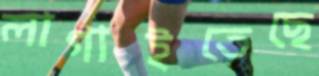
লাগাইতেছে